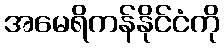
အမေရိကန်နိုင်ငံကို